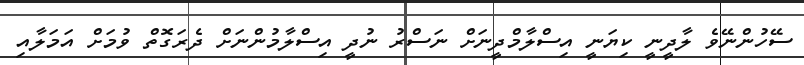
ސޭހުންނޭވެ ލާދީނީ ކިޔަނީ އިސްލާމްދީނަށް ނަސްރު ނުދީ އިސްލާމުންނަށް ދެރަގޮތް ވުމަށް އަމަލާއި